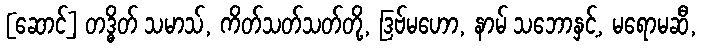
[ဆောင်] တဒ္ဓိတ် သမာသ်, ကိတ်သတ်သတ်တို့, ဒြဗ်မဟော, နာမ် သဘောနှင့်, မရောမဆီ,